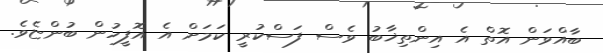
ބާއްވަން އޮތް އެ އިންތިޚާބު ވެސް ފަސްކުރީ ކަމަށް އެ އޮފީހުން ބުންޏެވެ.